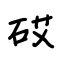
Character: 砹